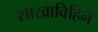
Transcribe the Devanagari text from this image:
शाखाविहिन